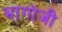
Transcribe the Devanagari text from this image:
भागोजी